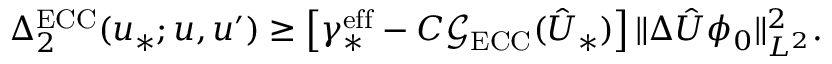
\Delta _ { 2 } ^ { \mathrm { E C C } } ( u _ { * } ; u , u ^ { \prime } ) \geq \left[ \gamma _ { * } ^ { \mathrm { e f f } } - C \mathcal G _ { \mathrm { E C C } } ( \hat { U } _ { * } ) \right] \Vert \Delta \hat { U } \phi _ { 0 } \Vert _ { L ^ { 2 } } ^ { 2 } .